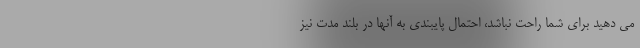
می دهید برای شما راحت نباشد، احتمال پایبندی به آنها در بلند مدت نیز